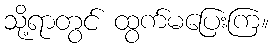
သို့ရာတွင် ထွက်မပြေးကြ။